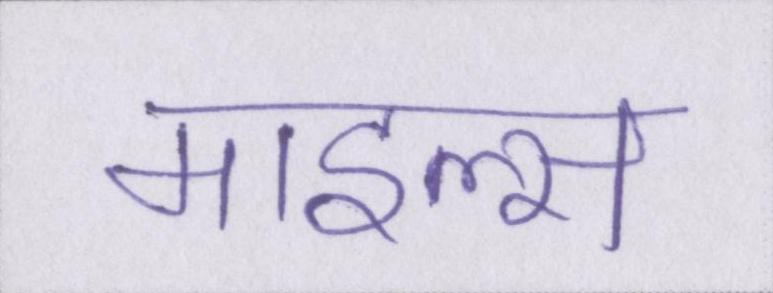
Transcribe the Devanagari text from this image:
माइल्स